kultuurilooline_kollektsioon, lk 23
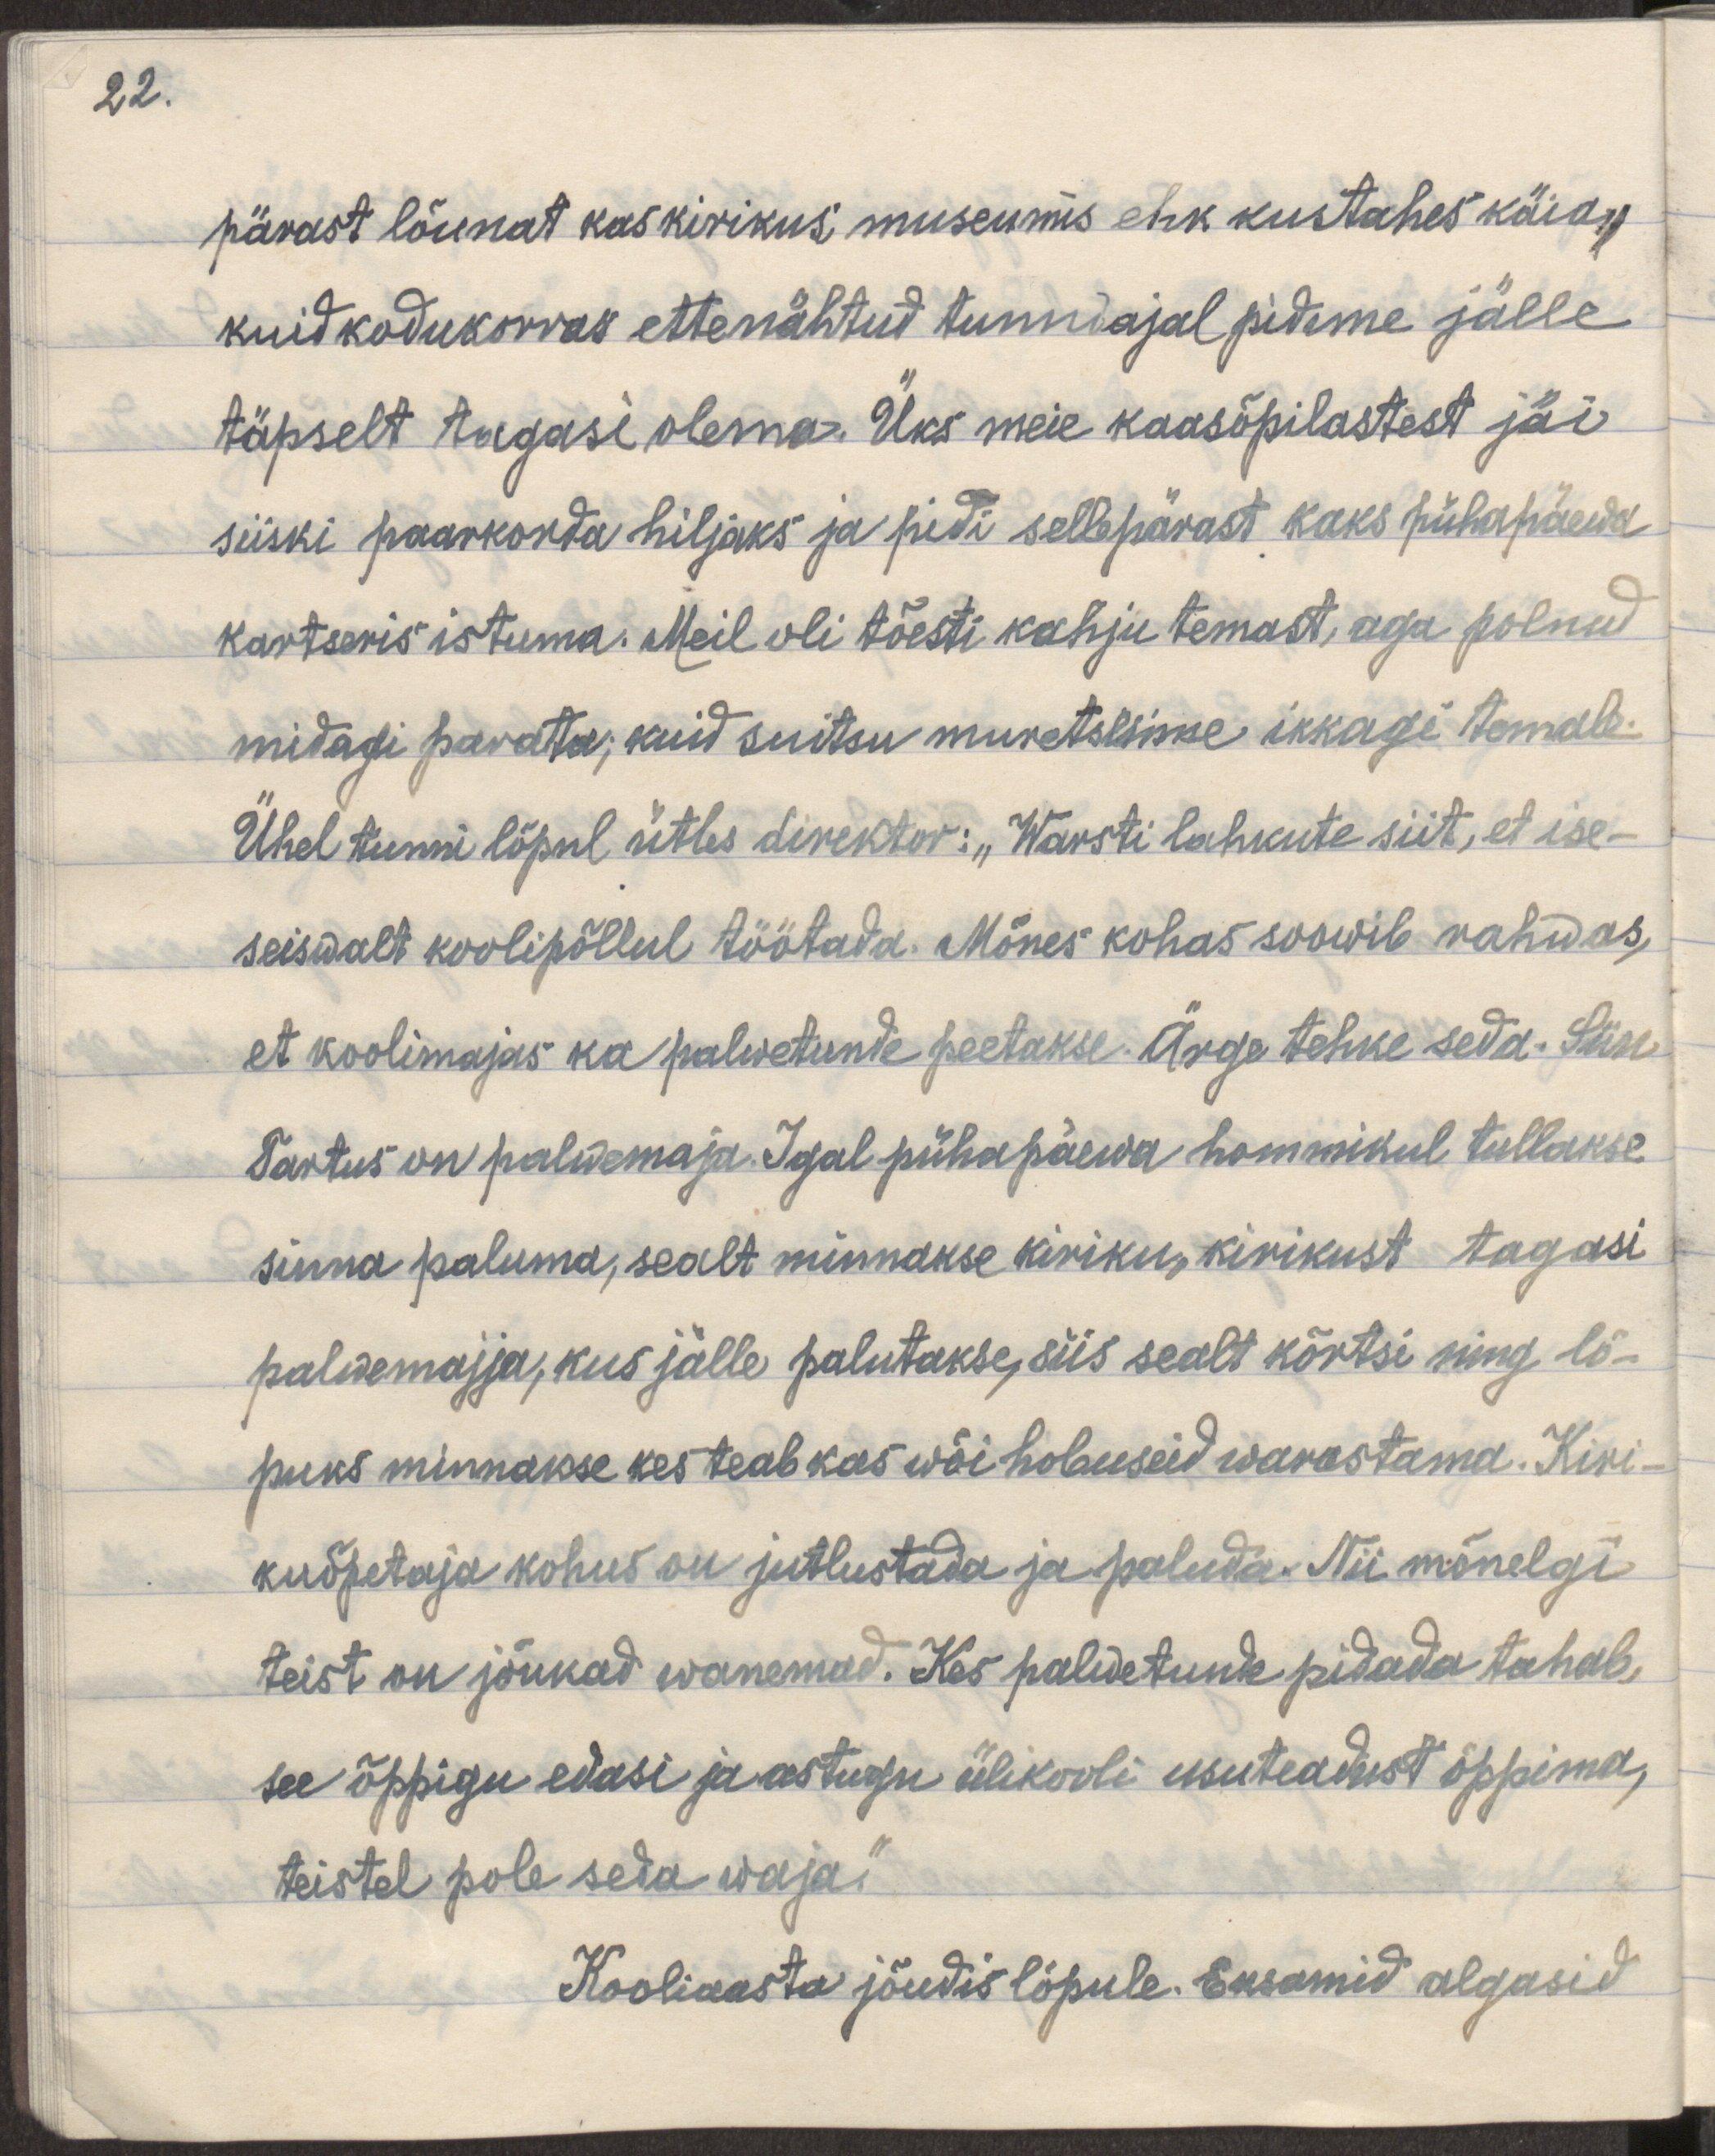
22.

pärast lõunast kas kirikus; muuseumis ehk kustahes käia,
kuid kodukorras ettenähtud tunniajal pidime jälle
täpselt tagasi olema. Üks meie kaasõpilastest jäi
siiski paarkorda hiljaks ja pidi sellepärast kaks pühapäeva
kartseris istuma. Meil oli tõesti kahju temast, aga polnud
midagi parata, kuid suitsu muretsesime ikkagi temale.
Ühel tunni lõpul ütles direktor: "Warsti lahkute siit, et ise-
seiswalt koolipõllul töötada. Mõnes kohas soowib rahwas,
et koolimajas ka palwetunde peetakse. Ärge tehke seda. Siin
Tartus on palwemaja. Igal pühapäewa hommikul tullakse
sinna paluma, sealt minnakse kiriku, kirikust tagasi
palwemajja, kus jälle palutakse, siis sealt kõrtsi ning lõ-
puks minnakse kes teab kas wõi hobuseid warastama. Kiri-
kuõpetaja kohus on jutlustada ja paluda. Nii mõnelgi
teist on jõukad wanemad. Kes palwetunde pidada tahab,
see õppigu edasi ja astugu ülikooli usuteadust õppima,
teistel pole seda waja."
Kooliaasta jõudis lõpule. Eksamid algasid